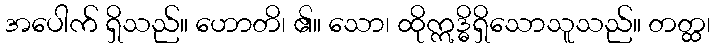
အပေါက် ရှိသည်။ ဟောတိ၊ ၏။ သော၊ ထိုဣဒ္ဓိရှိသောသူသည်။ တတ္ထ၊